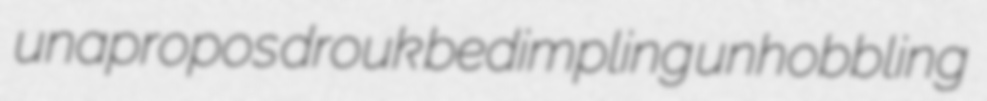
unapropos drouk bedimpling unhobbling